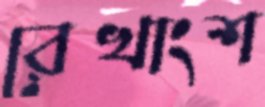
রেখাংশ